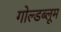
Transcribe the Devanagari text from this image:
गोल्डब्लूम